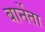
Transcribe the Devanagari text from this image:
बार्नेता